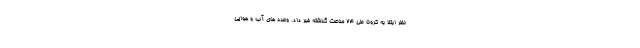
نظر ابتلا به کرونا طی ۲۴ ساعت گذشته خبر داد. وعده‌ های آب و هوایی